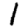
Digit: 1